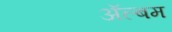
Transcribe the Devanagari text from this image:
अॅल्बम